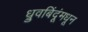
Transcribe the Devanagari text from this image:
ध्रुवबिंदूंमधून